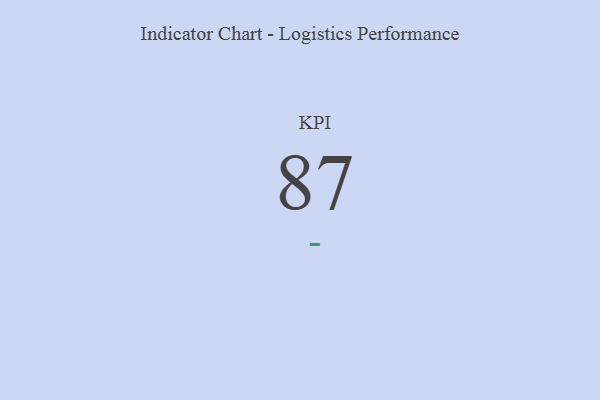
{"axis": {"x": "KPI", "y": "Value"}, "legend": [""], "data": [{"x": "KPI", "y": 87, "type": ""}]}